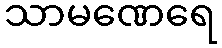
သာမဏေရေ